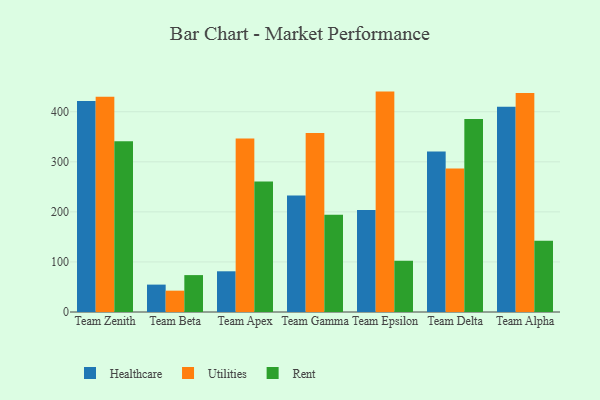
{"axis": {"x": "Team", "y": "Tickets Resolved"}, "legend": ["Healthcare", "Rent", "Utilities"], "data": [{"x": "Team Zenith", "y": 421.4, "type": "Healthcare"}, {"x": "Team Zenith", "y": 429.8, "type": "Utilities"}, {"x": "Team Zenith", "y": 341.0, "type": "Rent"}, {"x": "Team Beta", "y": 54.7, "type": "Healthcare"}, {"x": "Team Beta", "y": 42.6, "type": "Utilities"}, {"x": "Team Beta", "y": 73.7, "type": "Rent"}, {"x": "Team Apex", "y": 81.3, "type": "Healthcare"}, {"x": "Team Apex", "y": 346.7, "type": "Utilities"}, {"x": "Team Apex", "y": 260.7, "type": "Rent"}, {"x": "Team Gamma", "y": 232.8, "type": "Healthcare"}, {"x": "Team Gamma", "y": 357.6, "type": "Utilities"}, {"x": "Team Gamma", "y": 194.2, "type": "Rent"}, {"x": "Team Epsilon", "y": 203.9, "type": "Healthcare"}, {"x": "Team Epsilon", "y": 440.2, "type": "Utilities"}, {"x": "Team Epsilon", "y": 102.3, "type": "Rent"}, {"x": "Team Delta", "y": 320.4, "type": "Healthcare"}, {"x": "Team Delta", "y": 286.4, "type": "Utilities"}, {"x": "Team Delta", "y": 385.5, "type": "Rent"}, {"x": "Team Alpha", "y": 409.7, "type": "Healthcare"}, {"x": "Team Alpha", "y": 437.2, "type": "Utilities"}, {"x": "Team Alpha", "y": 142.2, "type": "Rent"}]}